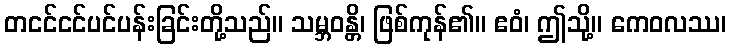
တငင်ငင်ပင်ပန်းခြင်းတို့သည်။ သမ္ဘဝန္တိ၊ ဖြစ်ကုန်၏။ ဧဝံ၊ ဤသို့။ ကေဝလဿ၊